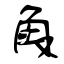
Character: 觳